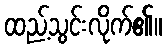
ထည့်သွင်းလိုက်၏။